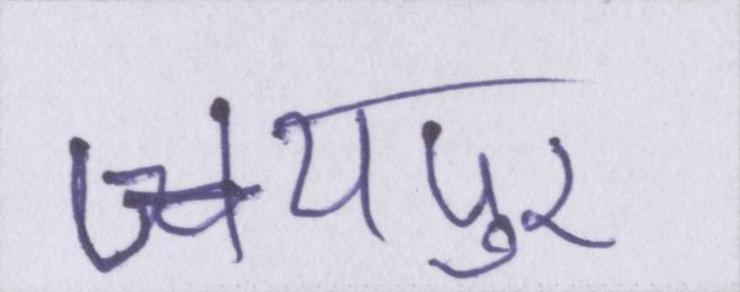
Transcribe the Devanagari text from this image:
जयपुर